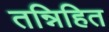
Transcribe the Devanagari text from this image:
तन्निहित